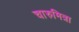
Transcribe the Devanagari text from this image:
चारुमित्रा